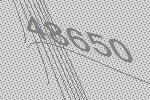
48650